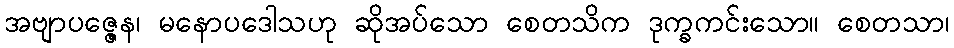
အဗျာပဇ္ဇေန၊ မနောပဒေါသဟု ဆိုအပ်သော စေတသိက ဒုက္ခကင်းသော။ စေတသာ၊